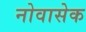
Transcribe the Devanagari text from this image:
नोवासेक